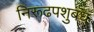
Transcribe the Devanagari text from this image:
निरूढपशुबंध